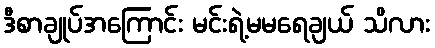
ဒီစာချုပ်အကြောင်း မင်းရဲ့မမရေချယ် သိလား